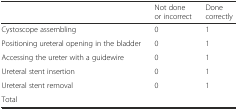
<table><thead><tr><td></td><td><b>Not done or incorrect</b></td><td><b>Done correctly</b></td></tr></thead><tbody><tr><td>Cystoscope assembling</td><td>0</td><td>1</td></tr><tr><td>Positioning ureteral opening in the bladder</td><td>0</td><td>1</td></tr><tr><td>Accessing the ureter with a guidewire</td><td>0</td><td>1</td></tr><tr><td>Ureteral stent insertion</td><td>0</td><td>1</td></tr><tr><td>Ureteral stent removal</td><td>0</td><td>1</td></tr><tr><td>Total</td><td></td><td></td></tr></tbody></table>